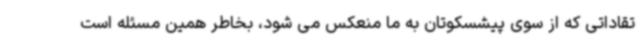
تقاداتی که از سوی پیشسکوتان به ما منعکس می شود، بخاطر همین مسئله است